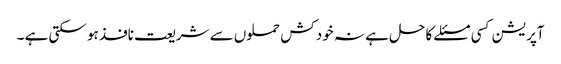
آپریشن کسی مسئلے کا حل ہے نہ خود کش حملوں سے شریعت نافذ ہو سکتی ہے ۔